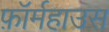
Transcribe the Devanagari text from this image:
फ़ॉर्महाउस